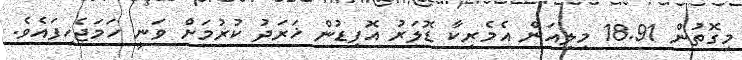
މިގޮތުން 18.91 މިލިއަން އެމެރިކާ ޑޮލަރު އޮފިޑުން ޚަރަދު ކުރުމަށް ވަނީ ހަމަޖެހިފައެވެ.